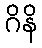
ဂိနိ